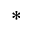
^ \ast